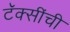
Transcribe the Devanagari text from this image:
टॅक्सींची